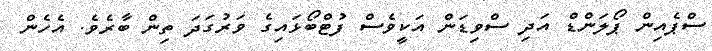
ސްޕެއިން ޕޯލަންޑް އަދި ސްވިޑަން އަކީވެސް ފުޓްބޯޅައިގެ ވަރުގަދަ ތިން ބާރެވެ. އެހެން